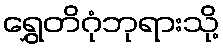
ရွှေတိဂုံဘုရားသို့